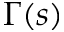
\Gamma ( s )